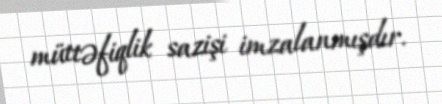
müttəfiqlik sazişi imzalanmışdır.